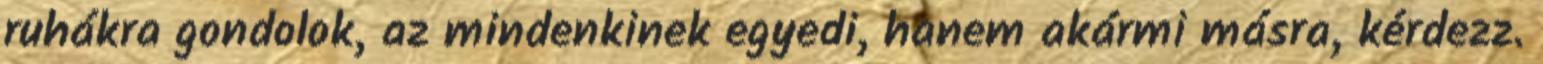
ruhákra gondolok, az mindenkinek egyedi, hanem akármi másra, kérdezz.